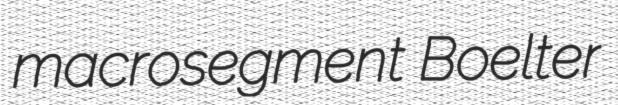
macrosegment Boelter